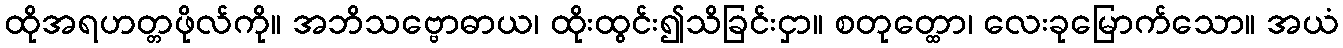
ထိုအရဟတ္တဖိုလ်ကို။ အဘိသဗ္ဗောဓာယ၊ ထိုးထွင်း၍သိခြင်းငှာ။ စတုတ္ထော၊ လေးခုမြောက်သော။ အယံ